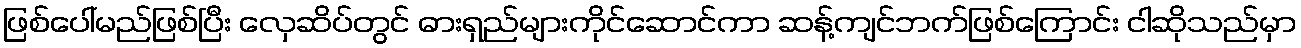
ဖြစ်ပေါ်မည်ဖြစ်ပြီး လှေဆိပ်တွင် ဓားရှည်များကိုင်ဆောင်ကာ ဆန့်ကျင်ဘက်ဖြစ်ကြောင်း ငါဆိုသည်မှာ